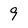
Character: 9